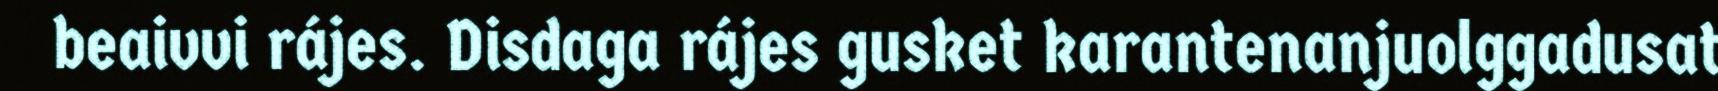
beaivvi rájes. Disdaga rájes gusket karantenanjuolggadusat